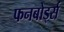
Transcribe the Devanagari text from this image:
फनबोर्ड्स